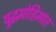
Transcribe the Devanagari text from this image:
युद्धमोहिमांत